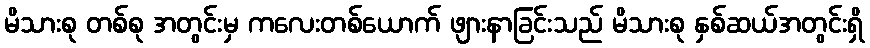
မိသားစု တစ်စု အတွင်းမှ ကလေးတစ်ယောက် ဖျားနာခြင်းသည် မိသားစု နှစ်ဆယ်အတွင်းရှိ